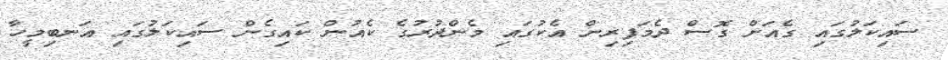
ސައިކަލުގައި ގެއަށް ގޮސް ދެމަފިރިން އެކުގައި މެންދުރުގެ ކެއުން ކައިގެން ސައިކަލުގައި އަނބިމީހާ